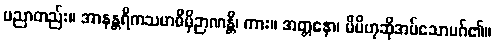
ပညာတည်း။ အာနန္တရိကသမာဓိမှိဉာဏန္တိ၊ ကား။ အတ္တနော၊ မိမိဟုဆိုအပ်သောမဂ်၏။